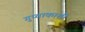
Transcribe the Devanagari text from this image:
गुप्‍ताकाशी